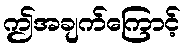
ဤအချက်ကြောင့်